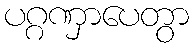
ပဂ္ဂဏှာပေတွာ